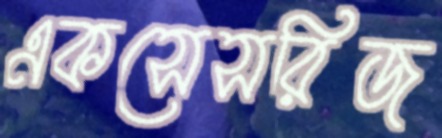
একসেসরিজ